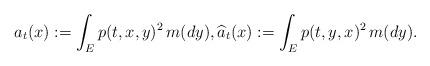
LaTeX: \begin{align*}a_t(x):=\int_E p(t,x,y)^2\,m(dy),\widehat{a}_t(x):=\int_E p(t,y,x)^2\,m(dy).\end{align*}